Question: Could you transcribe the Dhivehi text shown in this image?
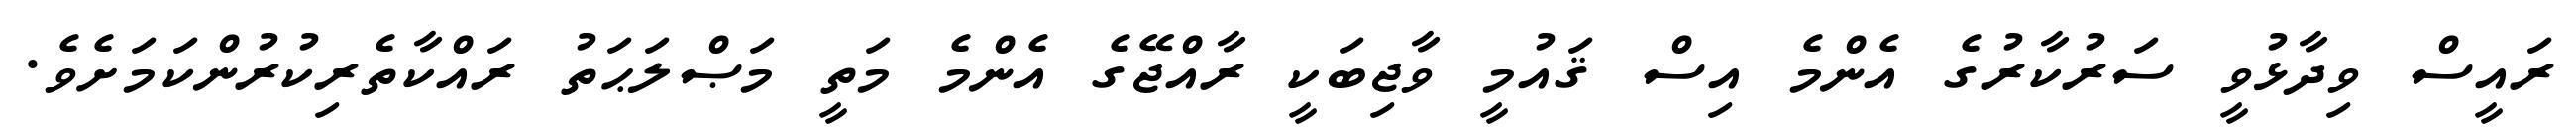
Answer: ރައީސް ވިދާޅުވީ ސަރުކާރުގެ އެންމެ އިސް ޤައުމީ ވާޖިބަކީ ރާއްޖޭގެ އެންމެ މަތީ މަޞްލަޙަތު ރައްކާތެރިކުރުންކަމަށެވެ.